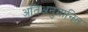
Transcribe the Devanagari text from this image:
अतिअनुमानित